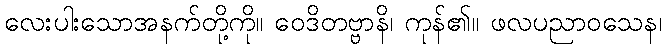
လေးပါးသောအနက်တို့ကို။ ဝေဒိတဗ္ဗာနိ၊ ကုန်၏။ ဖလပညာဝသေန၊